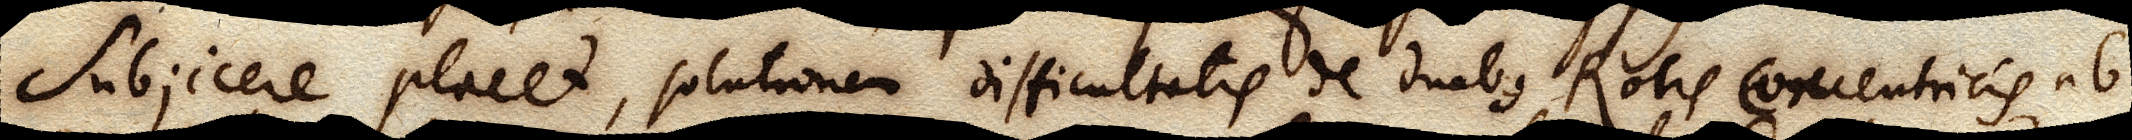
Subjicere placet, solutionem difficultatis de duabus Rotis concentricis ab